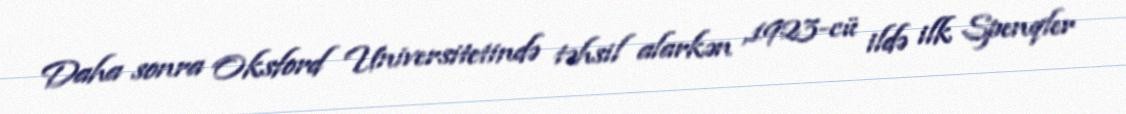
Daha sonra Oksford Universitetində təhsil alarkən ,1923-cü ildə ilk Spenqler